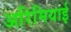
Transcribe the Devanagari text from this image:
अरिमियाई